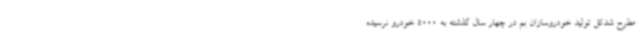
مطرح شدکل تولید خودروسازان بم در چهار سال گذشته به 5000 خودرو نرسیده